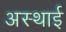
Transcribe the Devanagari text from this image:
अस्‍थाई